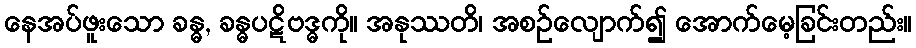
နေအပ်ဖူးသော ခန္ဓ, ခန္ဓပဋိဗဒ္ဓကို။ အနုဿတိ၊ အစဉ်လျောက်၍ အောက်မေ့ခြင်းတည်း။